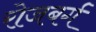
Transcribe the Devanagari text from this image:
रोजबर्ग